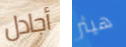
أجادل هيثر